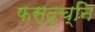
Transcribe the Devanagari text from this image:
फस्द्च्नि